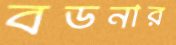
বডনার